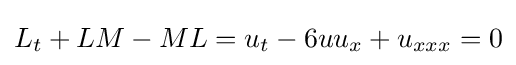
L_{t}+LM-ML=u_{t}-6uu_{x}+u_{xxx}=0